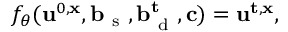
\begin{array} { r } { f _ { \theta } ( \mathbf { u } ^ { 0 , \mathbf { x } } , \mathbf { b } _ { \mathrm { ~ s ~ } } , \mathbf { b } _ { \mathrm { ~ d ~ } } ^ { \mathbf { t } } , \mathbf { c } ) = \mathbf { u } ^ { \mathbf { t } , \mathbf { x } } , } \end{array}